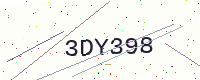
Text: 3DY398